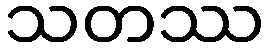
သတဿ